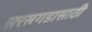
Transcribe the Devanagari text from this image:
सरसगडासाठी